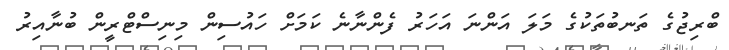
ބްރިޖުގެ ތަނބުތަކުގެ މަލަ އަންނަ އަހަރު ފެންނާނެ ކަމަށް ހައުސިން މިނިސްޓްރީން ބުނާއިރު